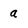
Character: a